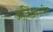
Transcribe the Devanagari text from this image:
अजिंठ्यातील